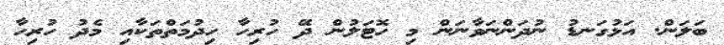
ބަލަން. އަޅުގަނޑު ނުދަންނަވާނަން މި ހޮޓަލުން ދޭ ހުރިހާ ހިދުމަތްތަކާއި މެދު ހުރިހާ